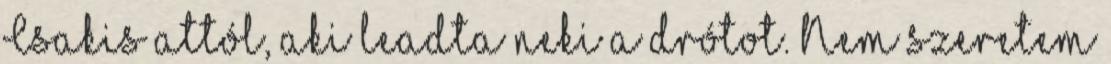
Csakis attól, aki leadta neki a drótot. Nem szeretem